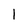
Character: 1